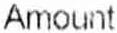
AMOUNT